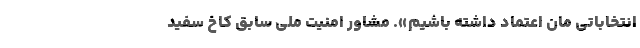
انتخاباتی مان اعتماد داشته باشیم». مشاور امنیت ملی سابق کاخ سفید